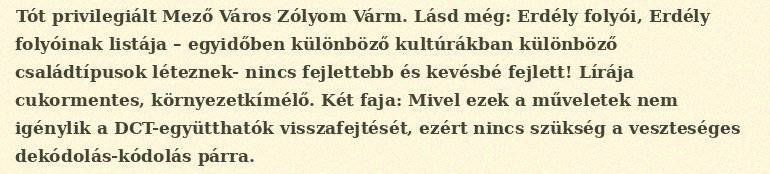
Tót privilegiált Mező Város Zólyom Várm. Lásd még: Erdély folyói, Erdély folyóinak listája – egyidőben különböző kultúrákban különböző családtípusok léteznek- nincs fejlettebb és kevésbé fejlett! Lírája cukormentes, környezetkímélő. Két faja: Mivel ezek a műveletek nem igénylik a DCT-együtthatók visszafejtését, ezért nincs szükség a veszteséges dekódolás-kódolás párra.